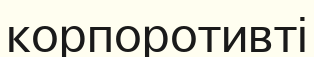
корпоротивті